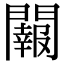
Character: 𨷂